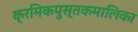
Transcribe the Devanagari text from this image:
क्रमिकपुस्तकमालिका